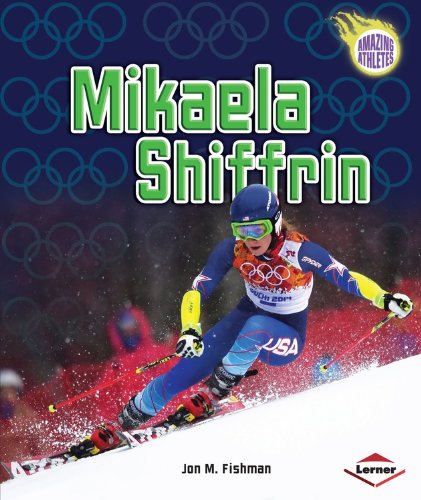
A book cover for Mikaela Shiffrin (Amazing Athletes); Jon M. Fishman; Children's Books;